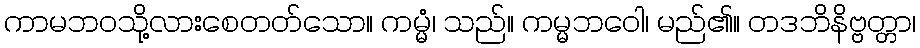
ကာမဘဝသို့လားစေတတ်သော။ ကမ္မံ၊ သည်။ ကမ္မဘဝေါ၊ မည်၏။ တဒဘိနိဗ္ဗတ္တာ၊